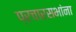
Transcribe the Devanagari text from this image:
प्रचारसभांना